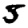
Digit: 5